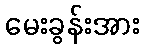
မေးခွန်းအား